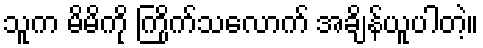
သူက မိမိကို ကြိုက်သလောက် အချိန်ယူပါတဲ့။